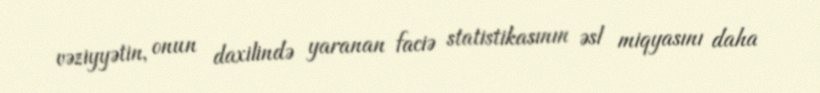
vəziyyətin, onun daxilində yaranan faciə statistikasının əsl miqyasını daha